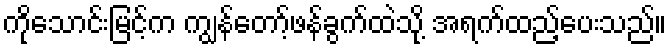
ကိုသောင်းမြင့်က ကျွန်တော့်ဖန်ခွက်ထဲသို့ အရက်ထည့်ပေးသည်။